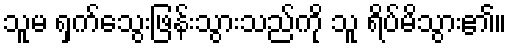
သူမ ရှက်သွေးဖြန်းသွားသည်ကို သူ ရိပ်မိသွား၏။